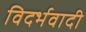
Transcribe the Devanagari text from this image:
विदर्भवादी